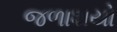
જળાશયો